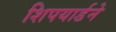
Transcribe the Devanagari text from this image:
शिपयार्डने